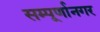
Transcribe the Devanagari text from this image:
सम्पूर्णानगर